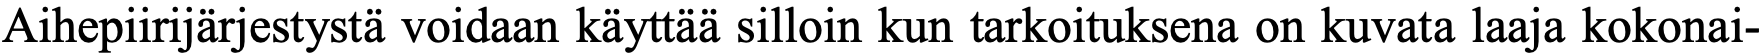
Aihepiirijärjestystä voidaan käyttää silloin kun tarkoituksena on kuvata laaja kokonai-